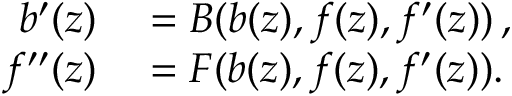
\begin{array} { r l } { b ^ { \prime } ( z ) } & { { } = B ( b ( z ) , f ( z ) , f ^ { \prime } ( z ) ) \, , } \\ { f ^ { \prime \prime } ( z ) } & { { } = F ( b ( z ) , f ( z ) , f ^ { \prime } ( z ) ) . } \end{array}